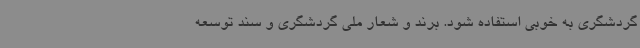
گردشگری به خوبی استفاده شود. برند و شعار ملی گردشگری و سند توسعه